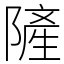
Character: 隡